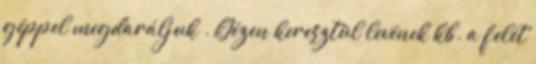
géppel megdaráljuk . Gézen keresztül levének kb. a felét